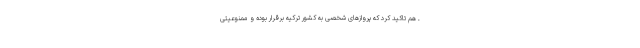
ـ هم تاکید کرد که پروازهای شخصی به کشور ترکیه برقرار بوده و ممنوعیتی